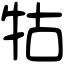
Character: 牯